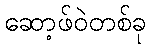
ဆော့ဖ်ဝဲတစ်ခု